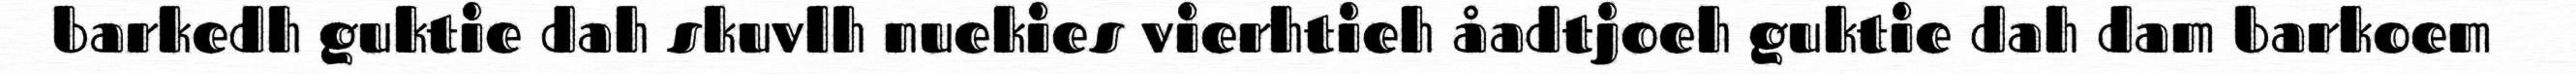
barkedh guktie dah skuvlh nuekies vierhtieh åadtjoeh guktie dah dam barkoem